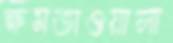
ক্ষমতাওয়ালা